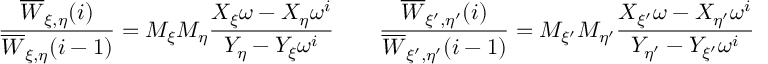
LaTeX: \frac { \overline { { { W } } } _ { \xi , \eta } ( i ) } { \overline { { { W } } } _ { \xi , \eta } ( i - 1 ) } = M _ { \xi } M _ { \eta } \frac { X _ { \xi } \omega - X _ { \eta } \omega ^ { i } } { Y _ { \eta } - Y _ { \xi } \omega ^ { i } } \qquad \frac { \overline { { { W } } } _ { \xi ^ { \prime } , \eta ^ { \prime } } ( i ) } { \overline { { { W } } } _ { \xi ^ { \prime } , \eta ^ { \prime } } ( i - 1 ) } = M _ { \xi ^ { \prime } } M _ { \eta ^ { \prime } } \frac { X _ { \xi ^ { \prime } } \omega - X _ { \eta ^ { \prime } } \omega ^ { i } } { Y _ { \eta ^ { \prime } } - Y _ { \xi ^ { \prime } } \omega ^ { i } } \qquad